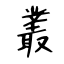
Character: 叢